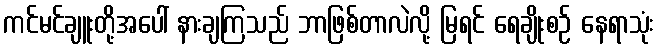
ကင်မင်ချူးတို့အပေါ် နားချကြသည် ဘာဖြစ်တာလဲလို့ မြရင် ရေချိုးစဉ် နေရာသုံး